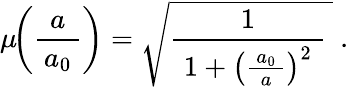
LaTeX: \mu\! \! \left({\frac{a}{\, a_{0}\, }}\right)={\sqrt{{\frac{1}{\; 1+\left({\frac{\, a_{0}\, }{a}}\right)^{2}\; }}~}}~.